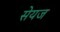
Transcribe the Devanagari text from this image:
सेयज